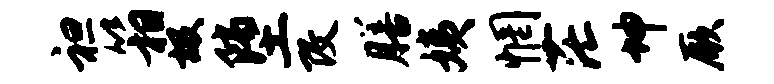
袒箱圾堕改膳姨惘茫坤厥